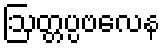
ဩတ္တပ္ပဗလေန